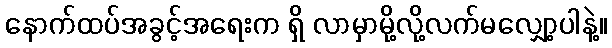
နောက်ထပ်အခွင့်အရေးက ရှိ လာမှာမို့လို့လက်မလျှော့ပါနဲ့။